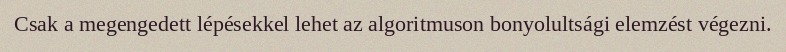
Csak a megengedett lépésekkel lehet az algoritmuson bonyolultsági elemzést végezni.